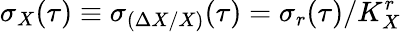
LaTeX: \sigma_{X}(\tau)\equiv\sigma_{(\Delta X/X)}(\tau)=\sigma_{r}(\tau)/K_{X}^{r}